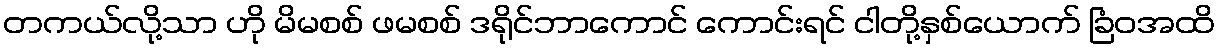
တကယ်လို့သာ ဟို မိမစစ် ဖမစစ် ဒရိုင်ဘာကောင် ကောင်းရင် ငါတို့နှစ်ယောက် ခြံဝအထိ